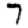
Digit: 7